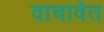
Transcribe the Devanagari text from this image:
वाचावेत